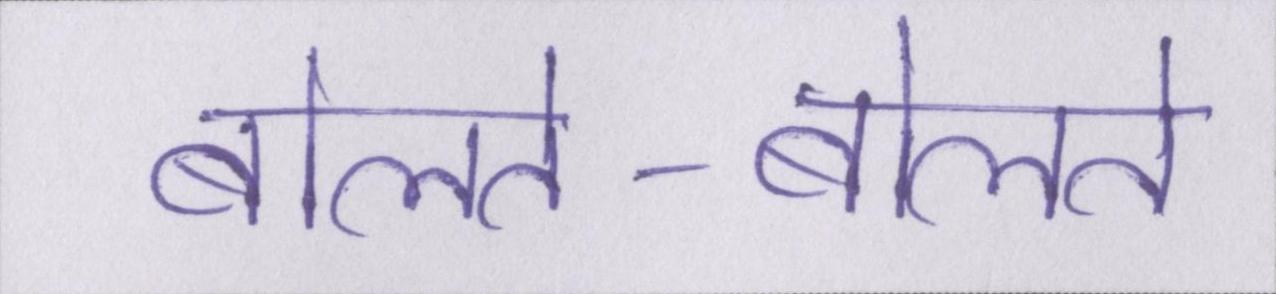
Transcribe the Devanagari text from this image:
बोलते-बोलते